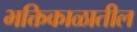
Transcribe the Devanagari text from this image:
भक्तिकाळातील